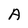
Character: A